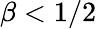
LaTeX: \beta<1/2